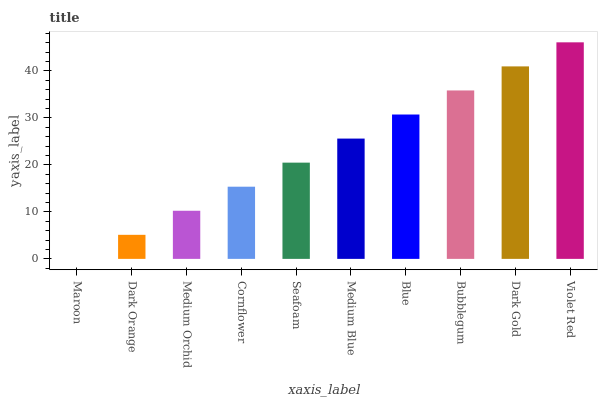
| xaxis_label | bars |
 | --- | --- |
 | Maroon | 0 |
 | Dark Orange | 5.12 |
 | Medium Orchid | 10.2 |
 | Cornflower | 15.4 |
 | Seafoam | 20.5 |
 | Medium Blue | 25.6 |
 | Blue | 30.7 |
 | Bubblegum | 35.8 |
 | Dark Gold | 41 |
 | Violet Red | 46.1 |